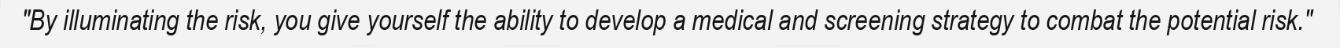
"By illuminating the risk, you give yourself the ability to develop a medical and screening strategy to combat the potential risk."